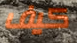
كيف